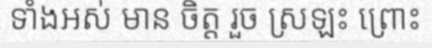
ទាំងអស់ មាន ចិត្ត រួច ស្រឡះ ព្រោះ